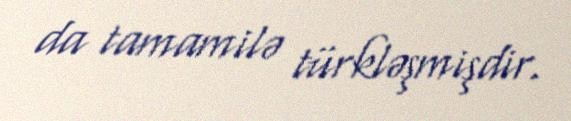
da tamamilə türkləşmişdir.